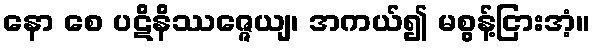
နော စေ ပဋိနိဿဇ္ဇေယျ၊ အကယ်၍ မစွန့်ငြားအံ့။